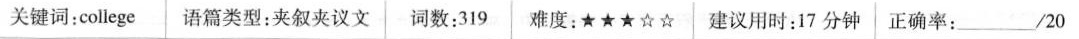
关键词:college语篇类型:夹叙夹议文词数:319 难度:★★★☆☆|建议用时:17分钟|正确率:_/20